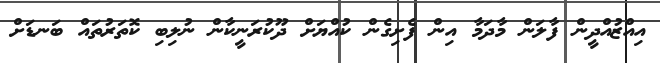
އިއްޒުއްދީން ފާލަން މާދަމާ އިން ފެށިގެން ކުއްޔަށް ދޫކުރަނީކާން ނުލިބި ކޮތަރުތައް ބަނޑަށް